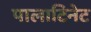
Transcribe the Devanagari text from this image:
पालाटिनेट